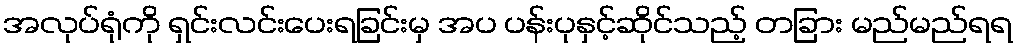
အလုပ်ရုံကို ရှင်းလင်းပေးရခြင်းမှ အပ ပန်းပုနှင့်ဆိုင်သည့် တခြား မည်မည်ရရ